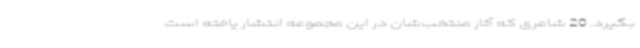
بگیرد. 20 شاعری که آثار منتخب‌شان در این مجموعه انتشار یافته است